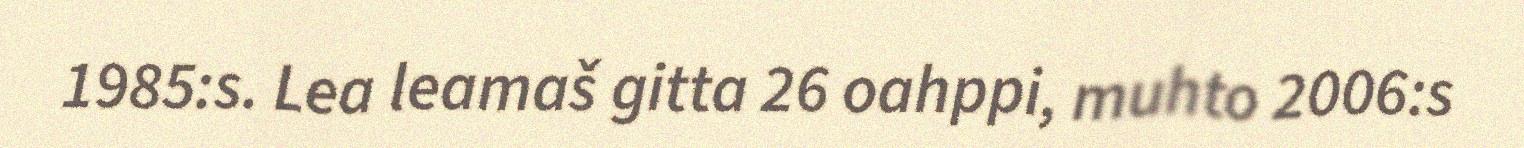
1985:s. Lea leamaš gitta 26 oahppi, muhto 2006:s